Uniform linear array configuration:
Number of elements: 4
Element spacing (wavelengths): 0.25
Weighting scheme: exponential
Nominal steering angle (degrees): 60
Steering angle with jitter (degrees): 58.065
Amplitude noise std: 0.05
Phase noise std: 0.05

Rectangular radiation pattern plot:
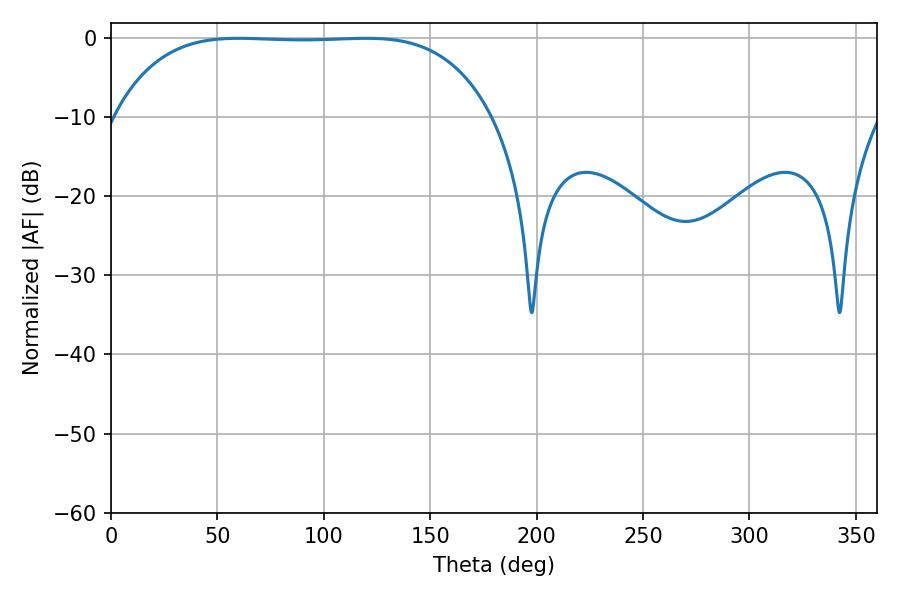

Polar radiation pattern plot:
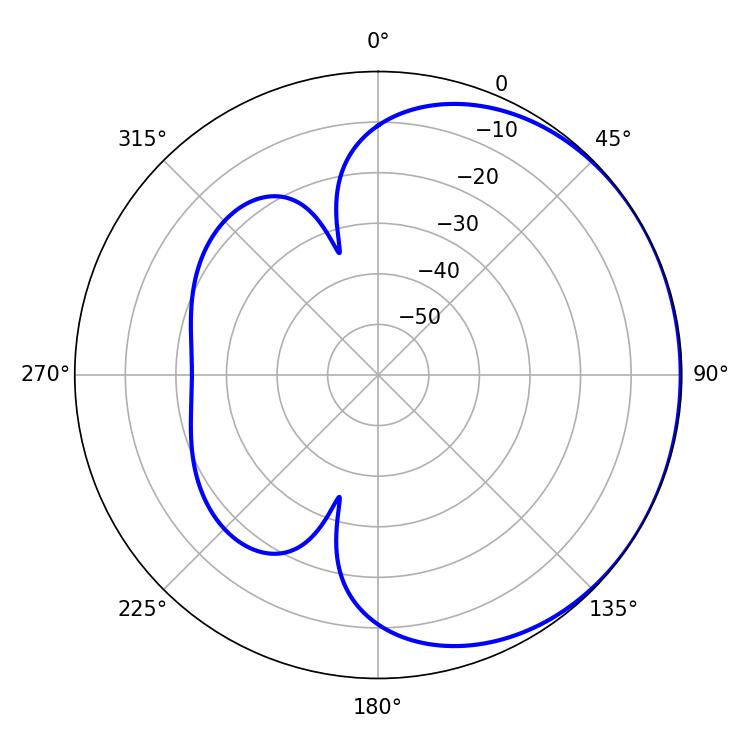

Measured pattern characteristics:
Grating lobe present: FALSE
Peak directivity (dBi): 0.571
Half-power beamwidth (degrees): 137.52
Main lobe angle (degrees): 59.94